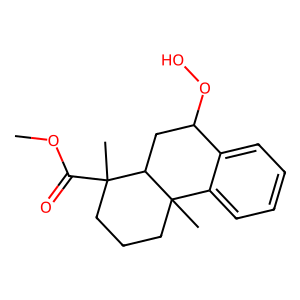
SMILES: COC(=O)C1(C)CCCC2(C)c3ccccc3C(OO)CC12
Inhibits HIV replication: No